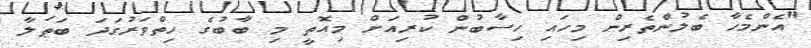
"އެންމެހާ ބެލުންތެރިން މިހައި ހިސާބުން ކުރިއަށް މިއޮތީ މި ބާބުގެ ހިތްވަރުގަދަ ބަޠަލާ